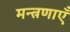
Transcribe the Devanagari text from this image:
मन्त्रणाएँ